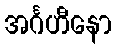
အင်္ဂဟီနော